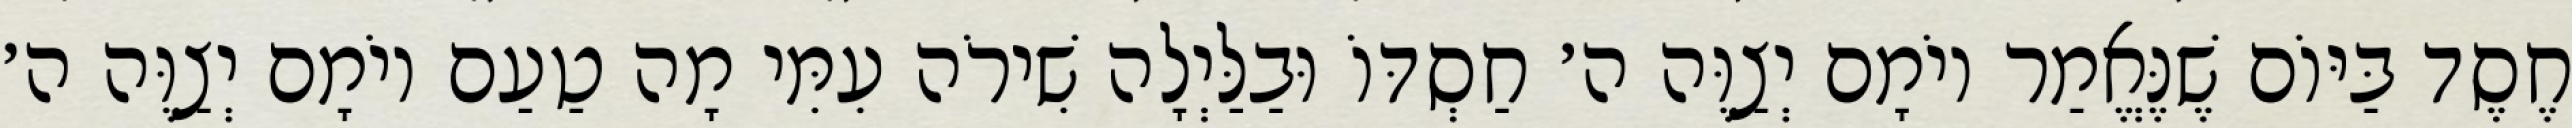
חֶסֶד בַּיּוֹם שֶׁנֶּאֱמַר יוֹמָם יְצַוֶּה ה׳ חַסְדּוֹ וּבַלַּיְלָה שִׁירֹה עִמִּי מָה טַעַם יוֹמָם יְצַוֶּה ה׳